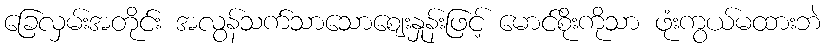
ခြေလှမ်းအတိုင်း အလွန်သက်သာသောဈေးနှုန်းဖြင့် မောင်စိုးကိုသာ ဖုံးကွယ်မထားဘဲ